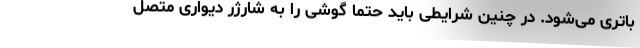
باتری می‌شود. در چنین شرایطی باید حتما گوشی را به شارژر دیواری متصل